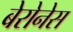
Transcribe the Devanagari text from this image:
बेरोनेस